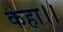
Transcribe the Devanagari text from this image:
कहा।।